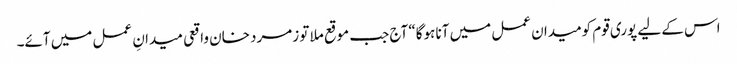
اس کے لیے پوری قوم کومیدان عمل میں آنا ہوگا“ آج جب موقع ملا تو زمرد خان واقعی میدانِ عمل میں آئے۔